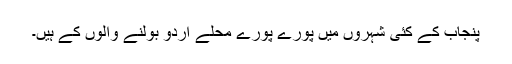
پنجاب کے کئی شہروں میں پورے پورے محلے اردو بولنے والوں کے ہیں۔